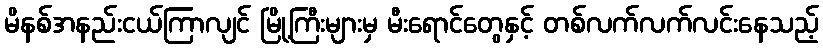
မိနစ်အနည်းငယ်ကြာလျင် မြို့ကြီးများမှ မီးရောင်တွေနှင့် တစ်လက်လက်လင်းနေသည့်